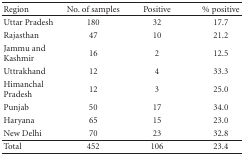
<table><thead><tr><td><b>Region</b></td><td><b>No. of samples</b></td><td><b>Positive</b></td><td><b>% positive</b></td></tr></thead><tbody><tr><td>Uttar Pradesh</td><td>180</td><td>32</td><td>17.7</td></tr><tr><td>Rajasthan</td><td>47</td><td>10</td><td>21.2</td></tr><tr><td>Jammu and Kashmir</td><td>16</td><td>2</td><td>12.5</td></tr><tr><td>Uttrakhand</td><td>12</td><td>4</td><td>33.3</td></tr><tr><td>Himanchal Pradesh</td><td>12</td><td>3</td><td>25.0</td></tr><tr><td>Punjab</td><td>50</td><td>17</td><td>34.0</td></tr><tr><td>Haryana</td><td>65</td><td>15</td><td>23.0</td></tr><tr><td>New Delhi</td><td>70</td><td>23</td><td>32.8</td></tr><tr><td>Total</td><td>452</td><td>106</td><td>23.4</td></tr></tbody></table>